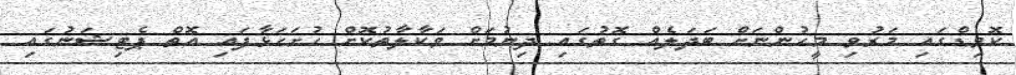
ކޮވިޑްގައި މަރުވި މީހުންނަށް ބަދަލެއް ގޮތުގައި ދިނުމަށް ވަކާލާތުކޮށް ހުށަހަޅާފައި އޮތް ޕެޓިޝަނުގައި